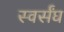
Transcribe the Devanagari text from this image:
स्वर्संघ